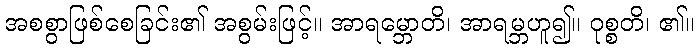
အစစွာဖြစ်စေခြင်း၏ အစွမ်းဖြင့်။ အာရမ္ဘောတိ၊ အာရမ္ဘဟူ၍။ ဝုစ္စတိ၊ ၏။